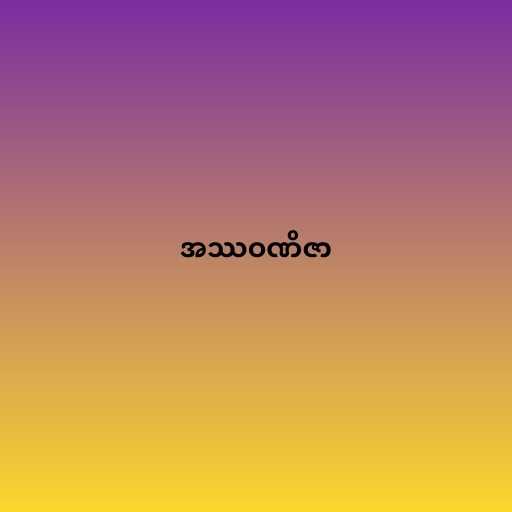
အဿဝဏိဇာ